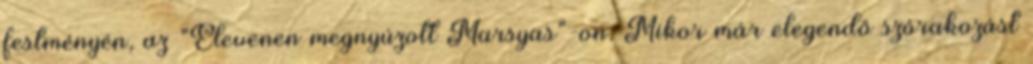
festményén, az "Elevenen megnyúzott Marsyas"-on. Mikor már elegendő szórakozást